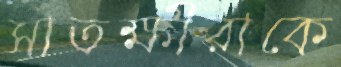
সাতক্ষীরাকে